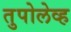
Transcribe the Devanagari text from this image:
तुपोलेव्ह